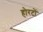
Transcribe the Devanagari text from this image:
होरटों